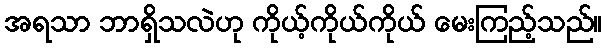
အရသာ ဘာရှိသလဲဟု ကိုယ့်ကိုယ်ကိုယ် မေးကြည့်သည်။